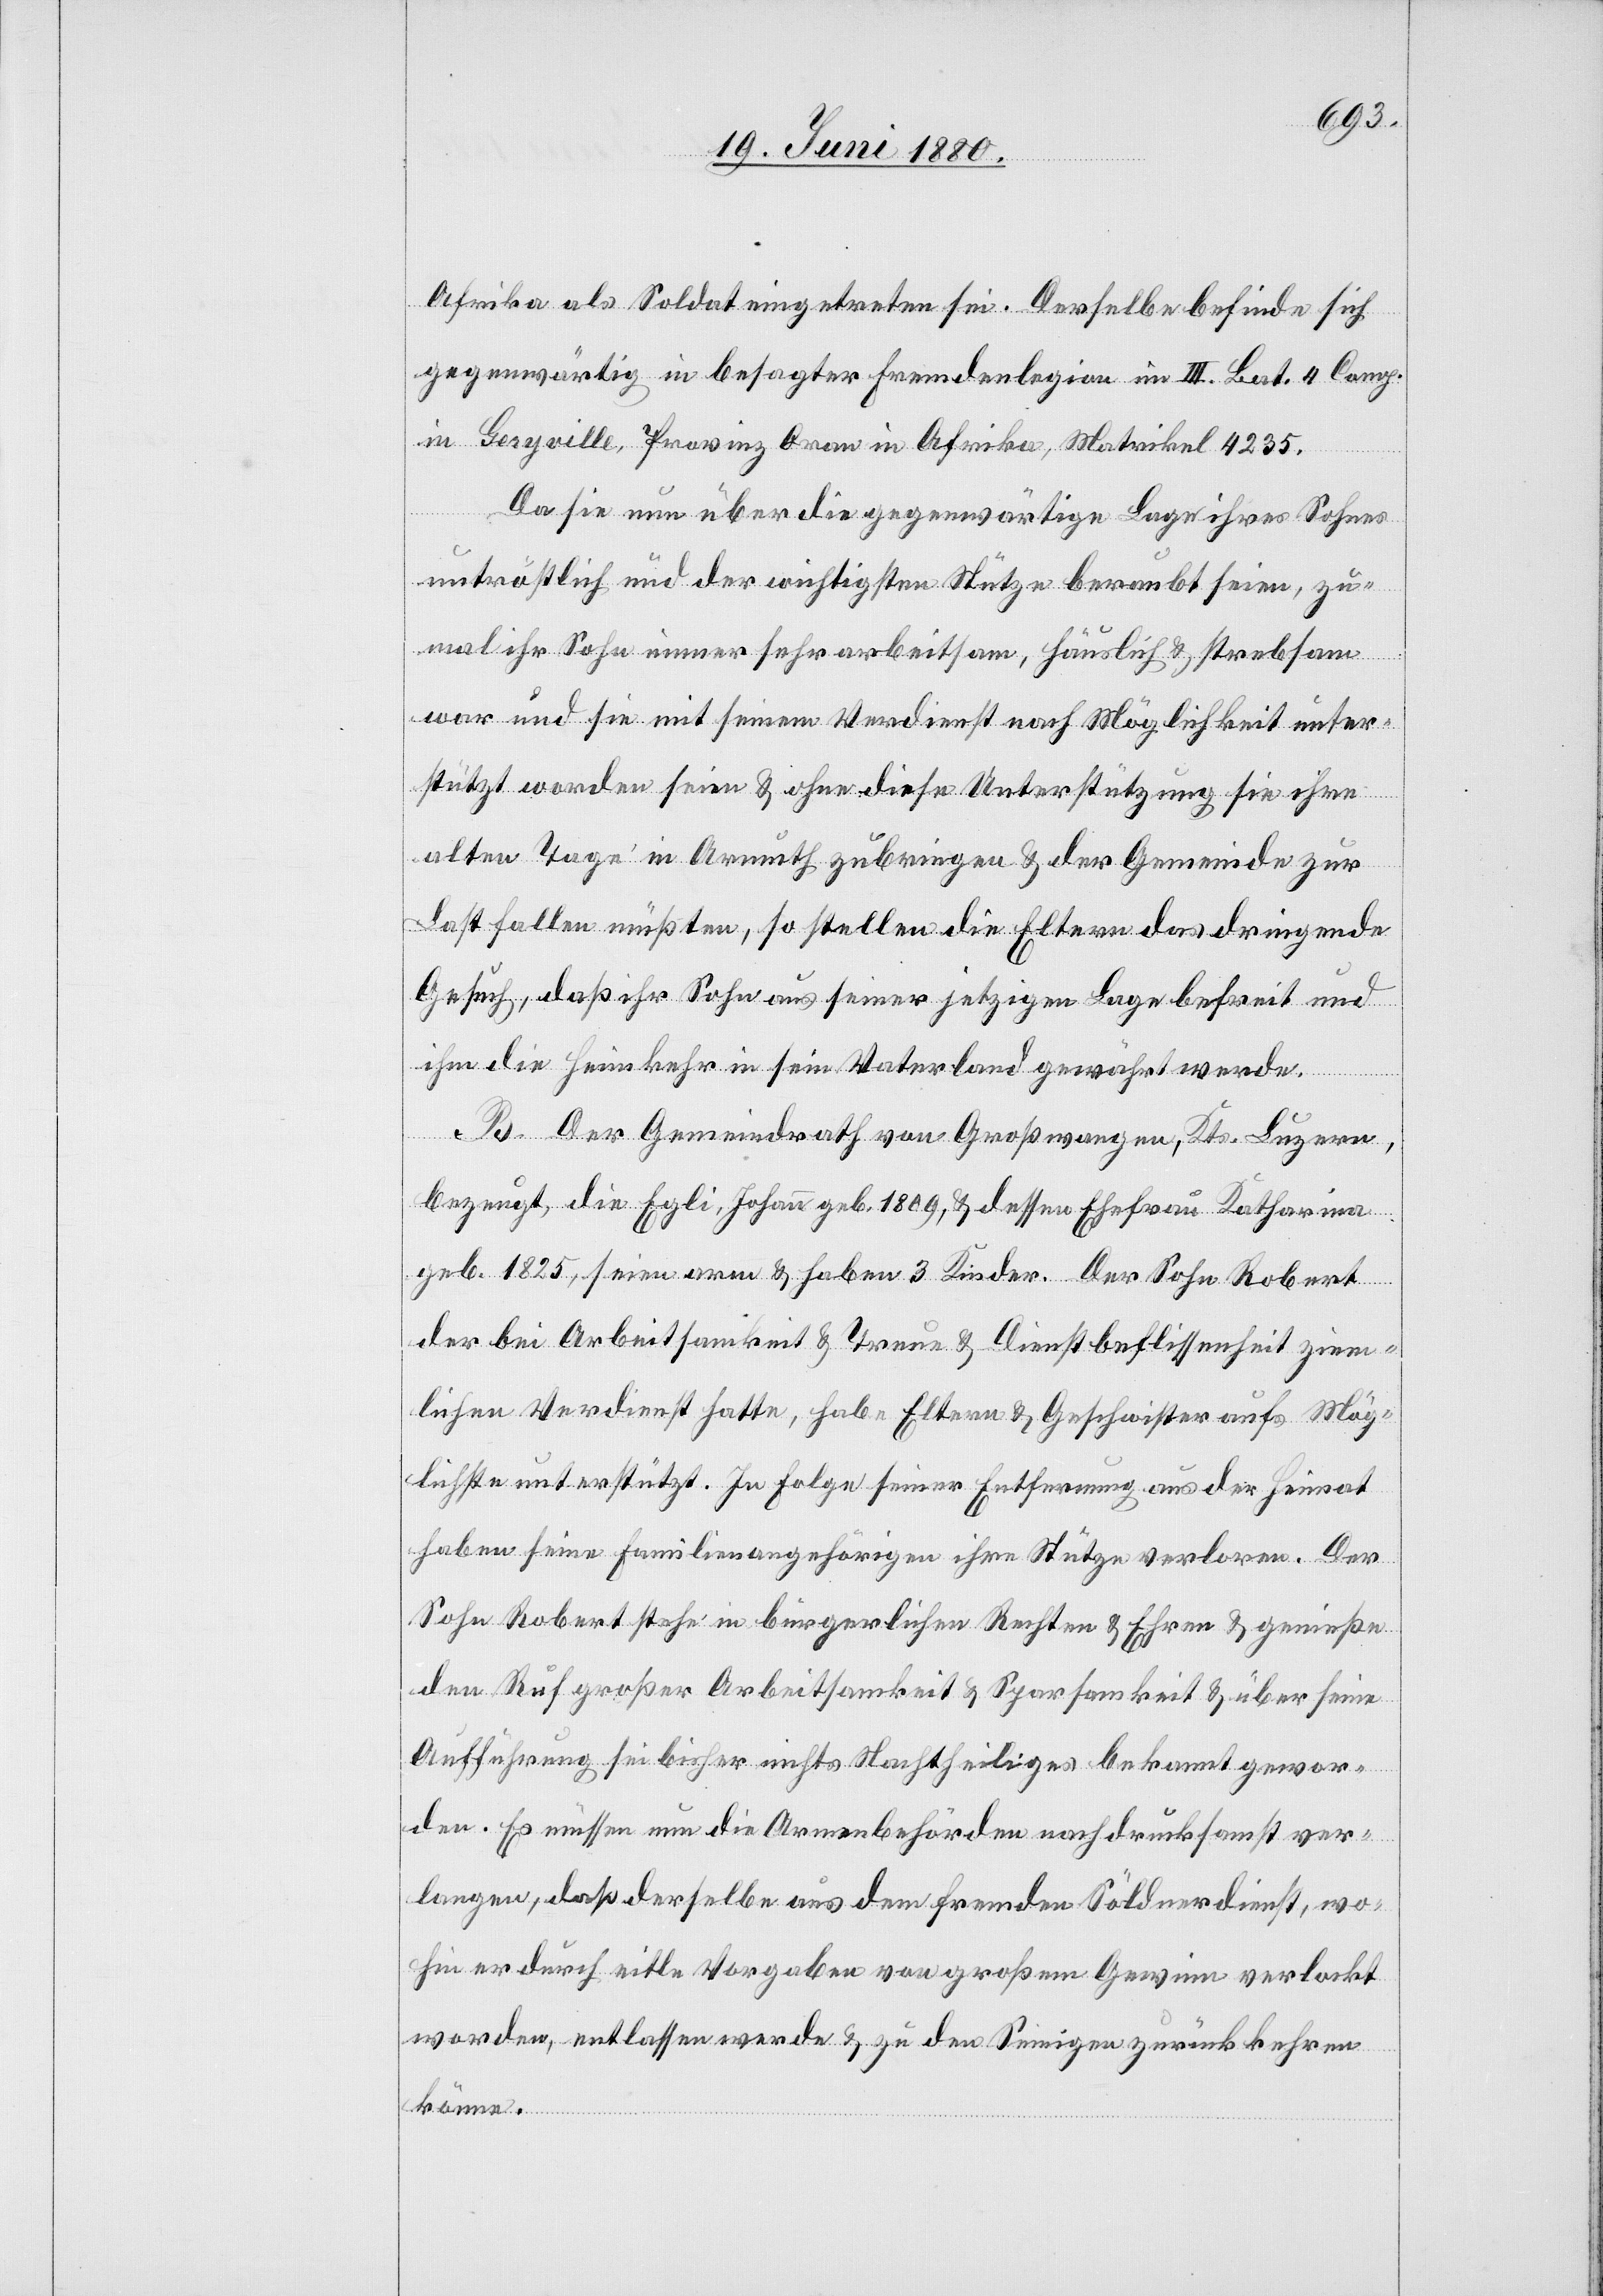
Afrika als Soldat eingetreten sei. Derselbe befinde sich
gegenwärtig in besagter Fremdenlegion im III. Bat. 4 Comp.
in Geryville, Provinz Oran in Afrika, Matrikel 4235.
Da sie nun über die gegenwärtige Lage ihres Sohnes
untröstlich und der wichtigsten Stütze beraubt seien, zu¬
mal ihr Sohn immer sehr arbeitsam, häuslich & strebsam
war und sie mit seinem Verdienst nach Möglichkeit unter¬
stützt worden sein & ohne diese Unterstützung sie ihre
alten Tage in Armuth zubringen & der Gemeinde zur
Last fallen müßten, so stellen die Eltern das dringende
Gesuch, daß ihr Sohn aus seiner jetzigen Lage befreit und
ihm die Heimkehr in sein Vaterland gewährt werde.
B. Der Gemeindrath von Großwangen, Kts. Luzern,
bezeugt, die Egli, Johann geb. 1809,& dessen Ehefrau Katharina
geb. 1825, seien arm & haben 3 Kinder. Der Sohn Robert
der bei Arbeitsamkeit & Treue & Dienstbeflissenheit ziem¬
lichen Verdienst hatte, habe Eltern & Geschwister aufs Mög¬
lichste unterstützt. In Folge seiner Entfernung aus der Heimat
haben seine Familienangehörigen ihre Stütze verloren. Der
Sohn Robert stehe in bürgerlichen Rechten & Ehren & genießen
den Ruf großer Arbeitsamkeit & Sparsamkeit & über seine
Aufführung sei bisher nichts Nachtheiliges bekannt gewor¬
den. Es müssen nun die Armenbehörden nachdrucksamst ver¬
langen, daß derselbe aus dem fremden Söldnerdienst, wo¬
hin er durch eitle Vorgaben von großem Gewinn verlockt
worden, entlassen werde & zu den Seinigen zurückkehren
könne.